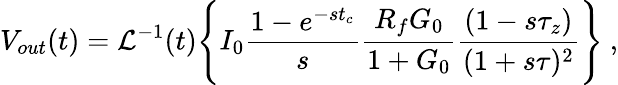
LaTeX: V_{out}(t)=\mathcal{L}^{-1}(t)\Bigg\{ I_{0}\frac{1-e^{-st_{c}}}{s}\frac{R_{f}G_{0}}{1+G_{0}}\frac{(1-s\tau_{z})}{(1+s\tau)^{2}}\Bigg\} ~,